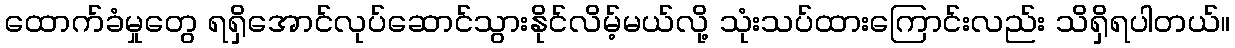
ထောက်ခံမှုတွေ ရရှိအောင်လုပ်ဆောင်သွားနိုင်လိမ့်မယ်လို့ သုံးသပ်ထားကြောင်းလည်း သိရှိရပါတယ်။